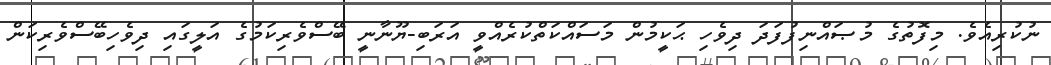
ނުކުރިއެވެ. މިފޮތުގެ މުޞައްނިފުފަދަ ދިވެހި ޙަކީމުން މަސައްކަތްކުރެއްވީ އަރަބި-ޔޫނާނީ ބޭސްވެރިކަމުގެ އަލީގައި ދިވެހިބޭސްވެރިކަން